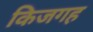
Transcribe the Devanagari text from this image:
किजगह